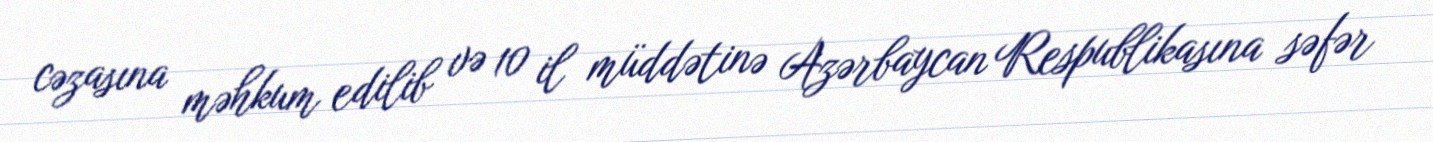
cəzasına məhkum edilib və 10 il müddətinə Azərbaycan Respublikasına səfər